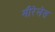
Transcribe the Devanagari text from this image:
मीरेलेस